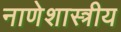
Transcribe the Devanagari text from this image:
नाणेशास्त्रीय